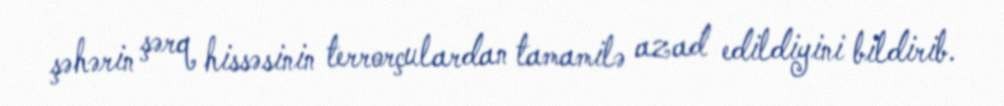
şəhərin şərq hissəsinin terrorçulardan tamamilə azad edildiyini bildirib.